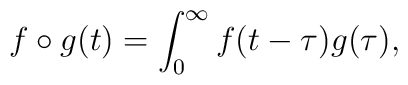
f\circ g(t)=\int^{\infty}_{0}f(t-\tau)g(\tau),